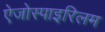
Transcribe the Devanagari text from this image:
ऐजोस्पाइरिलम